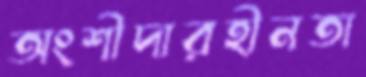
অংশীদারহীনতা